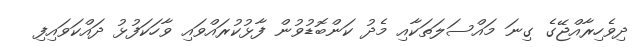
ދިވެހިރާއްޖޭގެ ގިނަ މައްސަލަތަކާއި މެދު ކަންބޮޑުވުން ފާޅުކުރައްވައި ވާހަކަފުޅު ދައްކަވައިފި